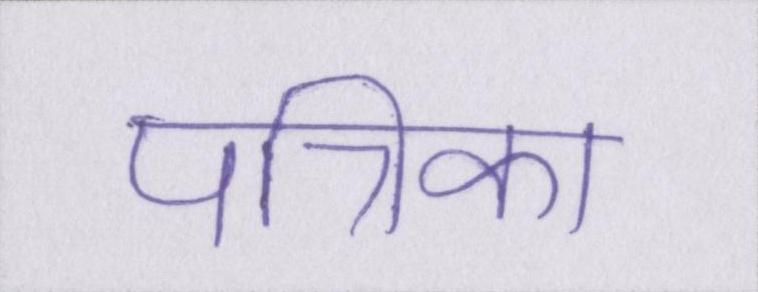
पत्रिका